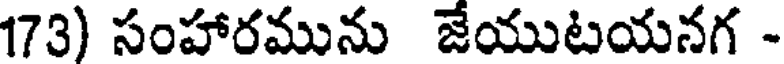
173) సంహారమును జేయుటయనగ -